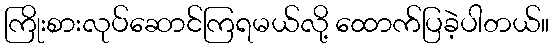
ကြိုးစားလုပ်ဆောင်ကြရမယ်လို့ ထောက်ပြခဲ့ပါတယ်။